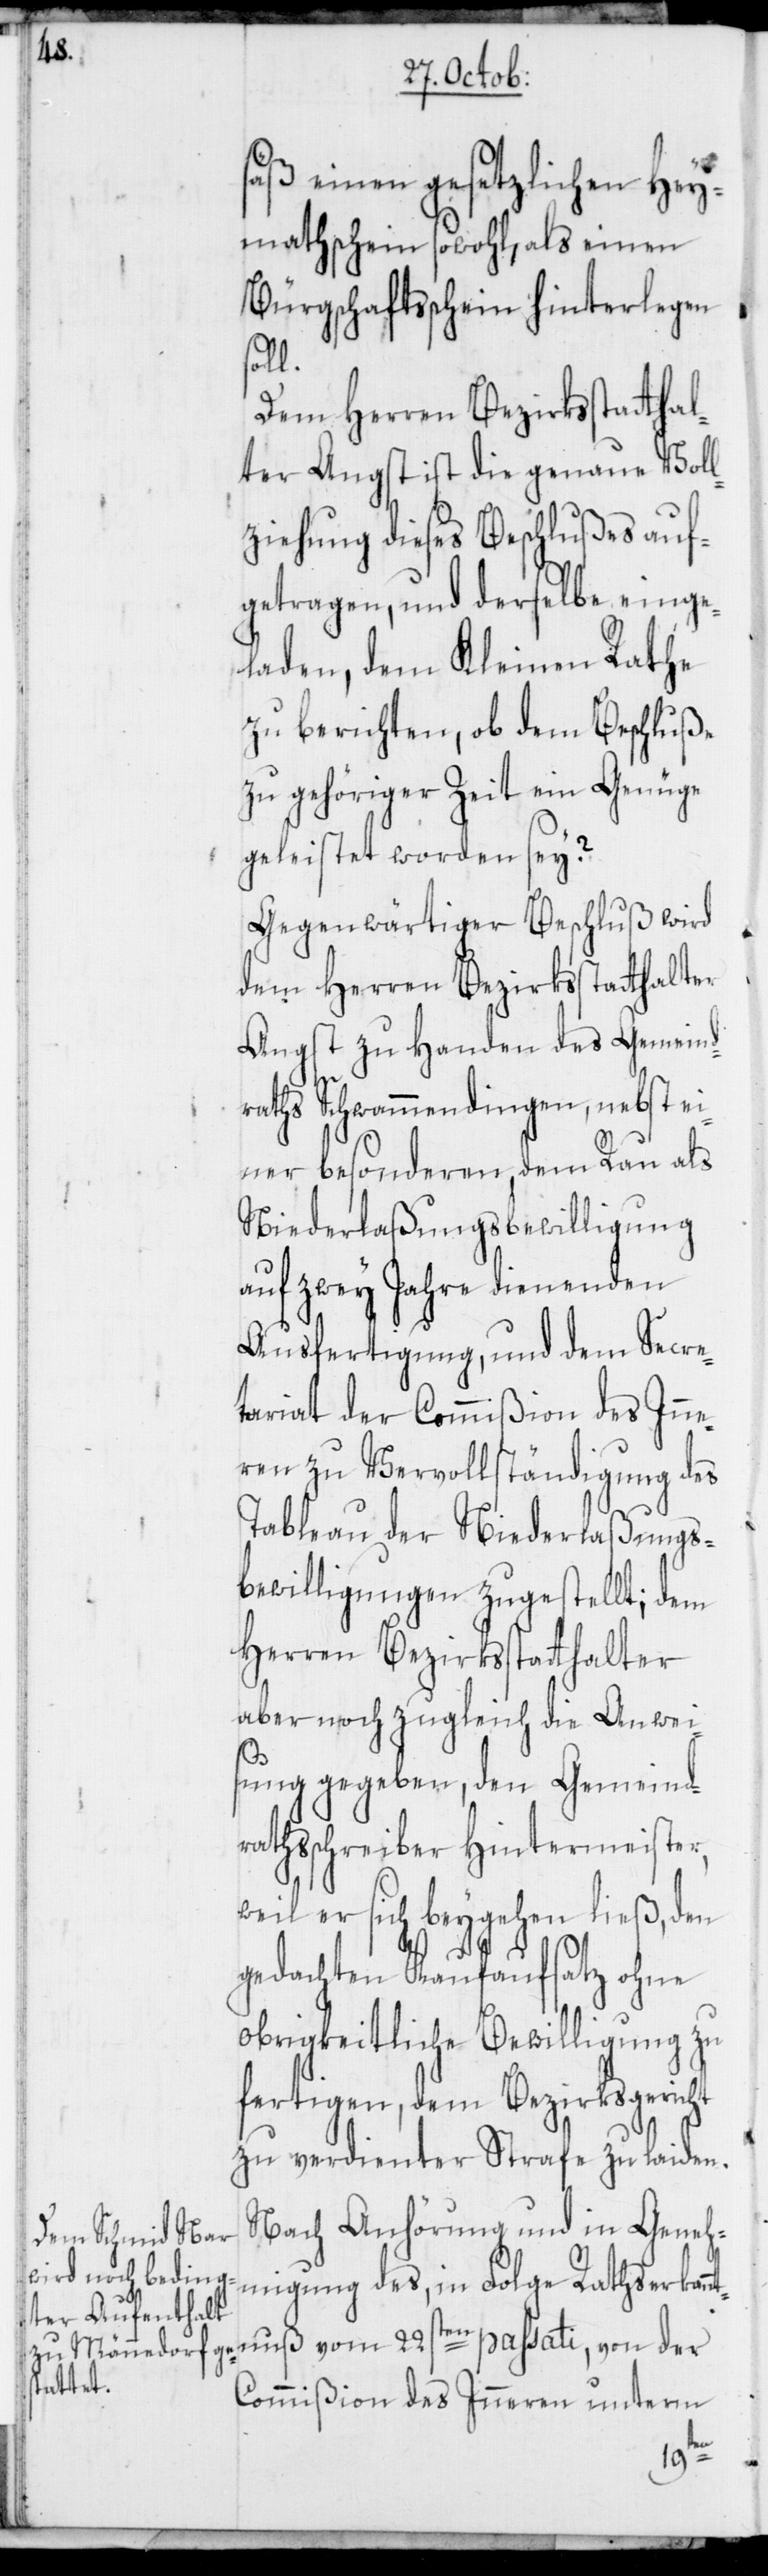
säß einen gesetzlichen Hey¬
mathschein sowohl, als einen
Bürgschaftsschein hinterlegen
soll.
Dem Herren Bezirksstatthal¬
ter Angst ist die genaue Voll¬
ziehung dieses Beschlußes auf¬
getragen, und derselbe einge¬
laden, dem Kleinen Rathe
zu berichten, ob dem Beschluße
zu gehöriger Zeit ein Genüge
geleistet worden sei?
Gegenwärtiger Beschluß wird
dem Herren Bezirksstatthalter
Angst zu Handen des Gemeind¬
raths Schwammendingen, nebst ei¬
ner besonderen, dem Rau als
Niederlaßungsbewilligung
auf zwey Jahre dienenden
Ausfertigung, und dem Secre¬
tariat der Commißion des Inne¬
ren zu Vervollständigung des
Tableau der Niederlaßungs¬
bewilligungen zugestellt; dem
Herren Bezirksstatthalter
aber noch zugleich die Anwei¬
sung gegeben, den Gemeind¬
rathsschreiber Hintermeister,
weil er sich beygehen ließ, den
gedachten Kaufaufsatz ohne
obrigkeitliche Bewilligung zu
fertigen, dem Bezirksgericht
zu verdienter Strafe zu laiden.
Nach Anhörung und in Geneh¬
migung des, in Folge Rathserkan¬
Commißion des Inneren unterm
der